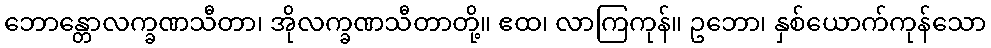
ဘောန္တောလက္ခဏသီတာ၊ အိုလက္ခဏသီတာတို့။ ဧထ၊ လာကြကုန်။ ဥဘော၊ နှစ်ယောက်ကုန်သော